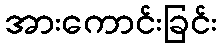
အားကောင်းခြင်း